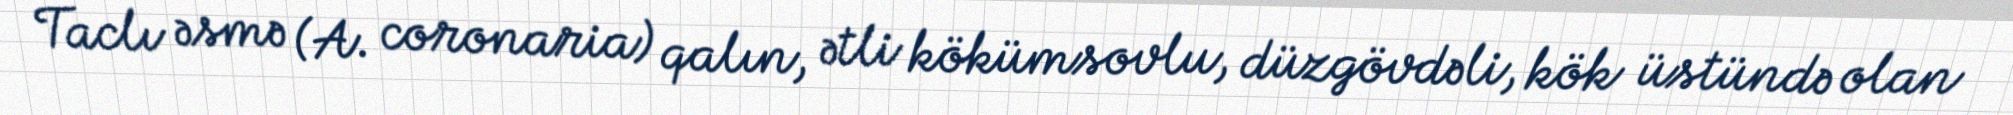
Taclı əsmə (A. coronaria) qalın, ətli kökümsovlu, düzgövdəli, kök üstündə olan